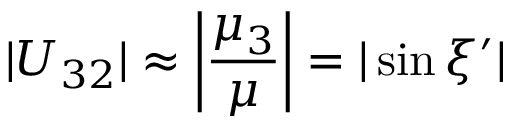
| U _ { 3 2 } | \approx \left| \frac { \mu _ { 3 } } { \mu } \right| = | \sin \xi ^ { \prime } |